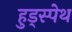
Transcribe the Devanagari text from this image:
हुड्स्पेथ